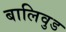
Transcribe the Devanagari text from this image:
बालिवुड